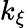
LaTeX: k_{\xi}